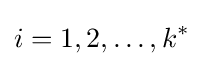
i=1,2,\dots ,k^{*}